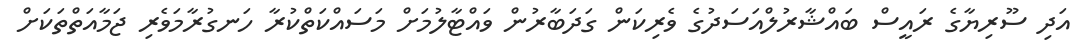
އަދި ސޫރިޔާގެ ރައީސް ބައްޝާރުލްއަސަދުގެ ވެރިކަން ގަދަބާރުން ވައްޓާލުމަށް މަސައްކަތްކުރާ ހަނގުރާމަވެރި ޖަމާއަތްތަކަށް